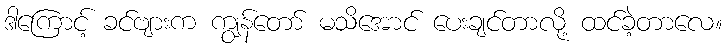
ဒါကြောင့် ခင်ဗျားက ကျွန်တော် မသိအောင် ပေးချင်တာလို့ ထင်ခဲ့တာလေ။